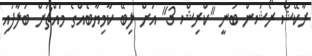
ރާކޭޝް ރޯޝަން ބުނީ "ކްރިޝް 3" އަށް ލިބޭ ކާމިޔާބެއްގެ މައްޗަށް ބަލާފައި